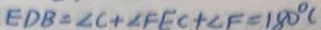
E D B = \angle C + \angle F E C + \angle F = 1 8 0 ^ { \circ } c